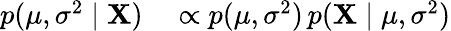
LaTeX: \begin{array}{rl}{p(\mu,\sigma^{2}\mid\mathbf{X})}&{{}\propto p(\mu,\sigma^{2})\, p(\mathbf{X}\mid\mu,\sigma^{2})}\end{array}